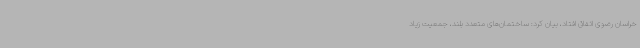
خراسان رضوی اتفاق افتاد، بیان کرد: ساختمان‌های متعدد بلند، جمعیت زیاد